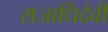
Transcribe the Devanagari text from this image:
राजाधिदेवी